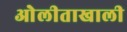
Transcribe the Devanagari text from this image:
ओेलीताखाली